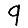
Digit: 9